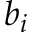
b _ { i }